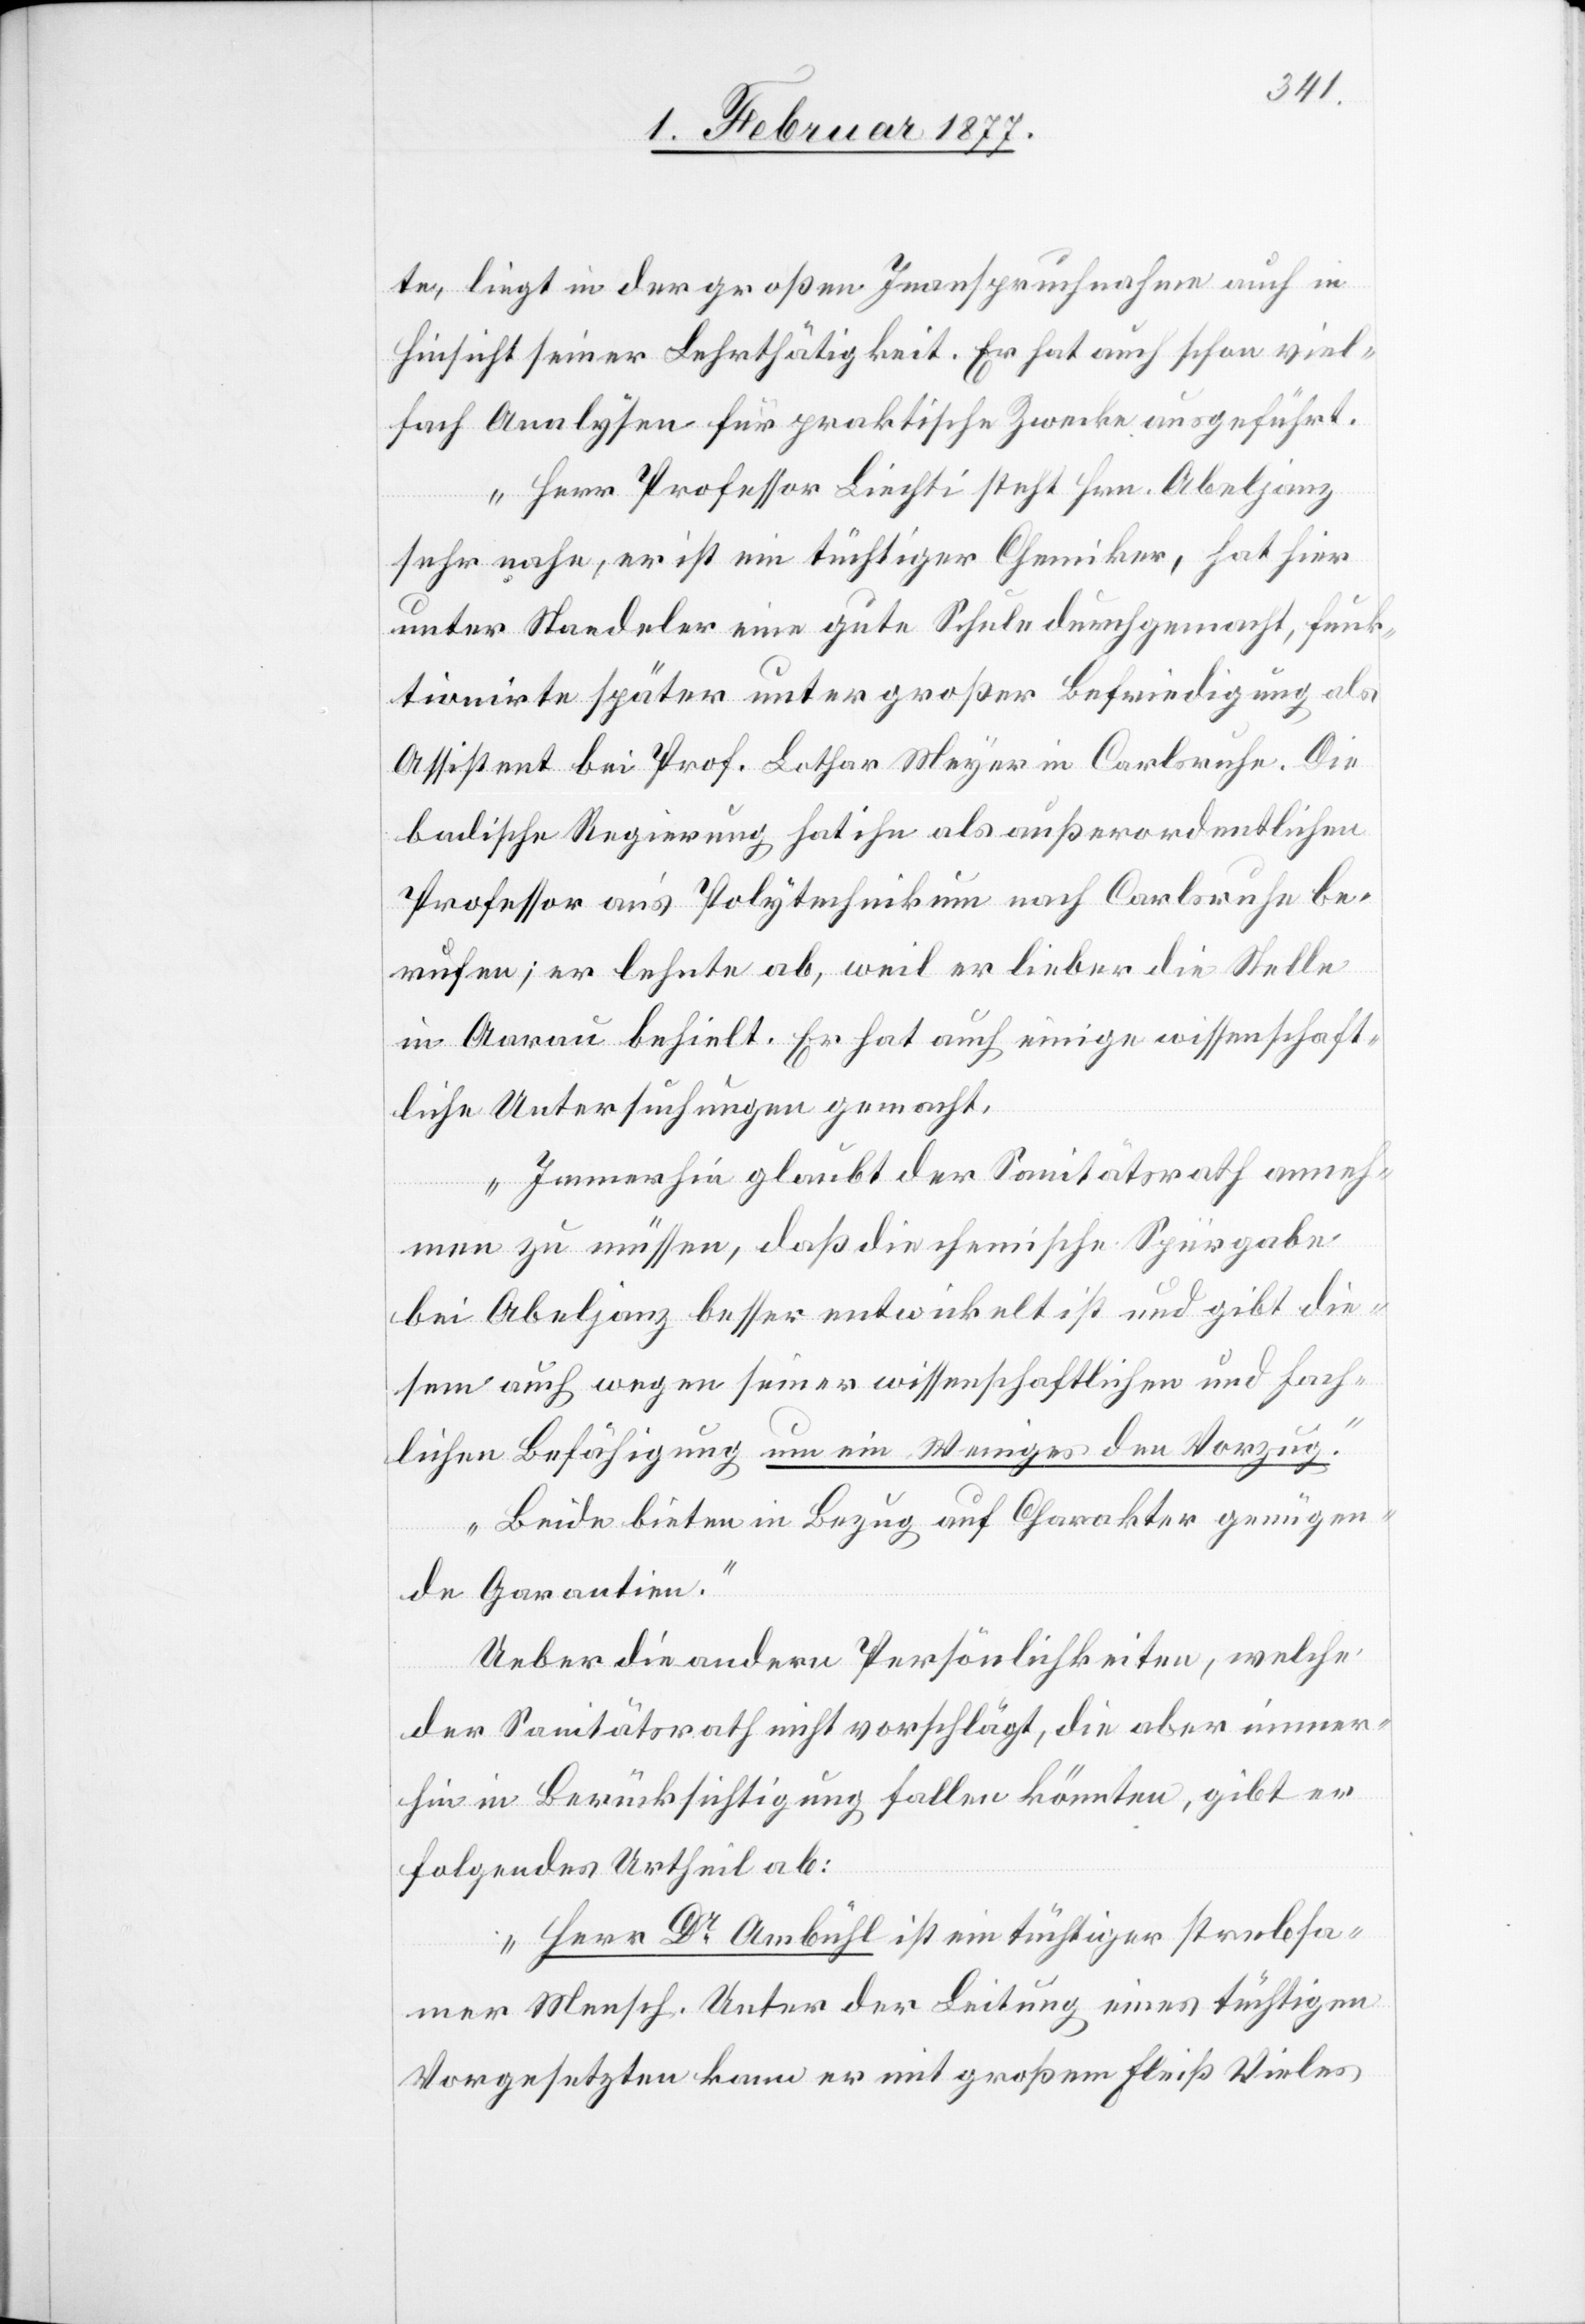
te, liegt in der großen Inanspruchnahme auch in
Hinsicht seiner Lehrtätigkeit. Er hat auch schon viel¬
fach Analysen für praktische Zwecke ausgeführt.
Herr Professor Liechti steht Hrn. Abeljanz
sehr nahe, er ist ein tüchtiger Chemiker, hat hier
unter Staedeler eine gute Schule durchgemacht, funk¬
tionirte später unter großer Befriedigung als
Assistent bei Prof. Lothar Meyer in Carlsruhe. Die
badische Regierung hat ihn als außerordentlichen
Professor an’s Polytechnikum nach Carlsruhe be¬
rufen; er lehnte ab, weil er lieber die Stelle
in Aarau behielt. Er hat auch einige wissenschaft¬
liche Untersuchungen gemacht.
Immerhin glaubt der Sanitätsrath anneh¬
men zu müssen, daß die chemische Spürgabe
bei Abeljanz besser entwickelt ist und gibt die¬
sem auch wegen seiner wissenschaftlichen und fach¬
lichen Befähigung um Weniges den Vorzug.
Beide bieten in Bezug auf Charakter genügen¬
de Garantie.“
Ueber die andern Persönlichkeiten, welche
der Sanitätsrath nicht vorschlägt, die aber immer¬
hin in Berücksichtigung fallen könnten, gibt er
folgendes Urtheil ab:
Herr Dr Ambühl ist ein tüchtiger strebsa¬
mer Mensch. Unter der Leitung eines tüchtigen
Vorgesetzten kann er mit großem Fleiß Vieles